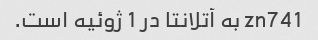
zn741 به آتلانتا در 1 ژوئیه است.